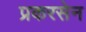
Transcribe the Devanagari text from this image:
प्रकरसेन